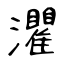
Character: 灈